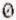
0